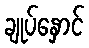
ချုပ်နှောင်